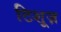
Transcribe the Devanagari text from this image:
टिशूज़